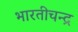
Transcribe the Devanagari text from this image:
भारतीचन्द्र